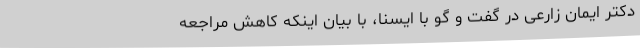
دکتر ایمان زارعی در گفت و گو با ایسنا، با بیان اینکه کاهش مراجعه